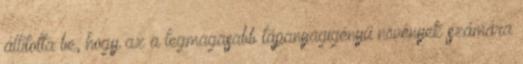
állította be, hogy az a legmagasabb tápanyagigényű növények számára